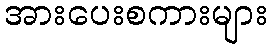
အားပေးစကားများ